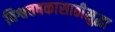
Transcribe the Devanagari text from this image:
विश्वचषकासाठीसुद्धा